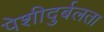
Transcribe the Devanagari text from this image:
पेशीदुर्बलता